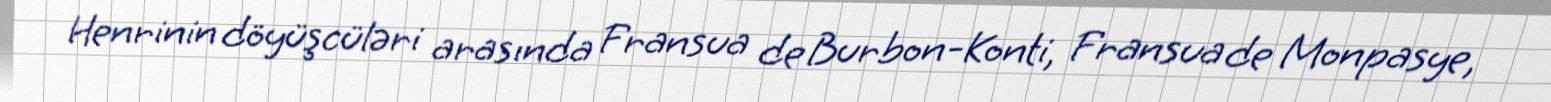
Henrinin döyüşcüləri arasında Fransua de Burbon-Konti, Fransua de Monpasye,